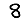
Digit: 8